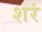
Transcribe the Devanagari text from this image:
शरं